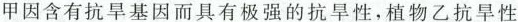
甲因含有抗旱基因而具有极强的抗旱性，植物乙抗旱性